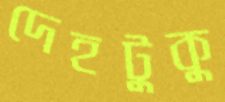
দেহটুকু